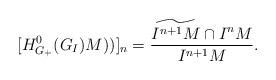
LaTeX: \begin{align*}[H^0_{G_+}(G_I)M))]_n = \frac{\widetilde{I^{n+1}M} \cap I^n M}{I^{n+1}M}. \end{align*}